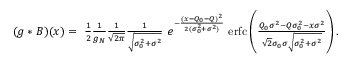
\begin{array} { r } { ( g * B ) ( x ) = \ \frac { 1 } { 2 } \frac { 1 } { g _ { N } } \frac { 1 } { \sqrt { 2 \pi } } \frac { 1 } { \sqrt { \sigma _ { 0 } ^ { 2 } + \sigma ^ { 2 } } } \ e ^ { - \frac { ( x - Q _ { 0 } - Q ) ^ { 2 } } { 2 ( \sigma _ { 0 } ^ { 2 } + \sigma ^ { 2 } ) } } \ \mathrm { e r f c } \left( \frac { Q _ { 0 } \sigma ^ { 2 } - Q \sigma _ { 0 } ^ { 2 } - x \sigma ^ { 2 } } { \sqrt { 2 } \sigma _ { 0 } \sigma \sqrt { \sigma _ { 0 } ^ { 2 } + \sigma ^ { 2 } } } \right) . } \end{array}